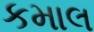
કમાલ